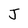
Character: J